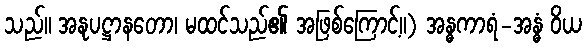
သည်။ အနုပဋ္ဌာနတော၊ မထင်သည်၏ အဖြစ်ကြောင့်။) အန္ဓကာရံ-အန္ဓံ ဝိယ